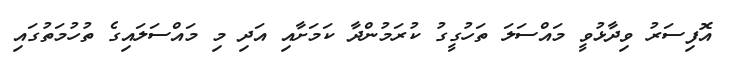
އޮފިސަރު ވިދާޅުވީ މައްސަލަ ތަހުގީގު ކުރަމުންދާ ކަމަށާއި އަދި މި މައްސަލައިގެ ތުހުމަތުގައި